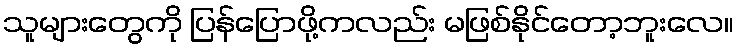
သူများတွေကို ပြန်ပြောဖို့ကလည်း မဖြစ်နိုင်တော့ဘူးလေ။